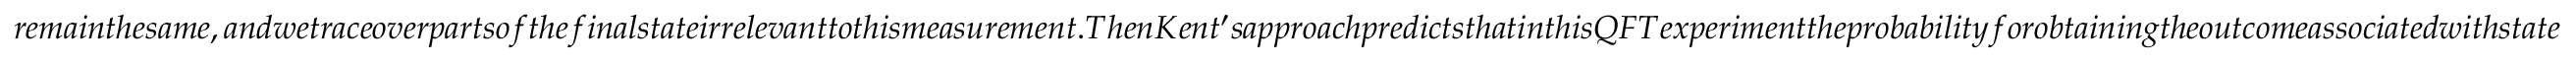
r e m a i n t h e s a m e , a n d w e t r a c e o v e r p a r t s o f t h e f i n a l s t a t e i r r e l e v a n t t o t h i s m e a s u r e m e n t . T h e n K e n t ^ { \prime } s a p p r o a c h p r e d i c t s t h a t i n t h i s Q F T e x p e r i m e n t t h e p r o b a b i l i t y f o r o b t a i n i n g t h e o u t c o m e a s s o c i a t e d w i t h s t a t e